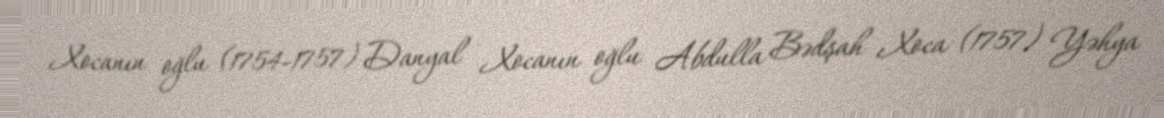
Xocanın oğlu (1754-1757) Danyal Xocanın oğlu Abdulla Bədşah Xoca (1757) Yəhya